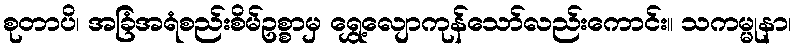
စုတာပိ၊ အခြံအရံစည်းစိမ်ဥစ္စာမှ ရွှေ့လျောကုန်သော်လည်းကောင်း။ သကမ္မုနာ၊